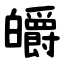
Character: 皭